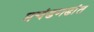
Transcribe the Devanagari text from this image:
प्रचंडगडांत